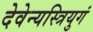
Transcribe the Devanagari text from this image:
देवेन्यस्त्रियुगं